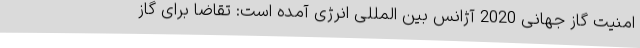
امنیت گاز جهانی 2020 آژانس بین المللی انرژی آمده است: تقاضا برای گاز